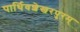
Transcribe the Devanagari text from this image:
पार्थिवशेखरपुरम्